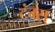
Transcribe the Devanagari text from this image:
टंग्स्